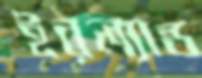
ইরল্যান্ড